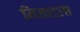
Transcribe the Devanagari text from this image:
निनादला